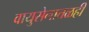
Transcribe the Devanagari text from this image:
वायुसेनातळही